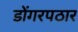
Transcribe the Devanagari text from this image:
डोंगरपठार